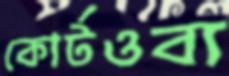
কোর্টওব্য